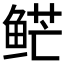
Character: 𱇮